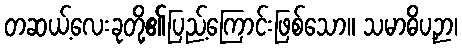
တဆယ့်လေးခုတို့၏ပြည့်ကြောင်းဖြစ်သော။ သမာဓိပဉှာ၊